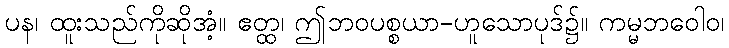
ပန၊ ထူးသည်ကိုဆိုအံ့။ ဧတ္ထ၊ ဤဘဝပစ္စယာ-ဟူသောပုဒ်၌။ ကမ္မဘဝေါဝ၊